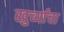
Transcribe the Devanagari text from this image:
खुर्च्यांचा